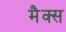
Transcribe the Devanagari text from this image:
मैक्‍स